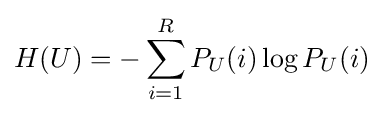
H(U)=-\sum _{i=1}^{R}P_{U}(i)\log P_{U}(i)